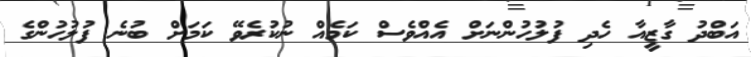
އަބްދު ގާޒީއާ ހެދި ފުލުހުންނަށް އެއްވެސް ކަމެއް ނުކުރެވޭ ކަަމަށް ބުނެ ފުުލުހުންގެ